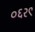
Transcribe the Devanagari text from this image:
०६२९